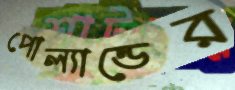
পোল্যান্ডের